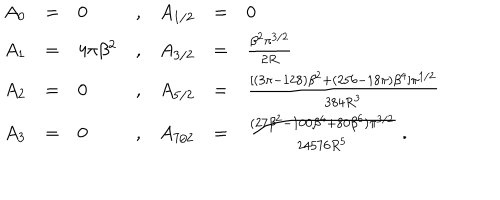
\begin{array} { l c l c c c l } { { A _ { 0 } } } & { { = } } & { { 0 } } & { { , } } & { { A _ { 1 / 2 } } } & { { = } } & { { 0 \nonumber } } \\ { { A _ { 1 } } } & { { = } } & { { 4 \pi \beta ^ { 2 } } } & { { , } } & { { A _ { 3 / 2 } } } & { { = } } & { { \frac { \beta ^ { 2 } \pi ^ { 3 / 2 } } { 2 R } \nonumber } } \\ { { A _ { 2 } } } & { { = } } & { { 0 } } & { { , } } & { { A _ { 5 / 2 } } } & { { = } } & { { \frac { [ ( 3 \pi - 1 2 8 ) \beta ^ { 2 } + ( 2 5 6 - 1 8 \pi ) \beta ^ { 4 } ] \pi ^ { 1 / 2 } } { 3 8 4 R ^ { 3 } } \nonumber } } \\ { { A _ { 3 } } } & { { = } } & { { 0 } } & { { , } } & { { A _ { 7 / 2 } } } & { { = } } & { { \frac { ( 2 7 \beta ^ { 2 } - 1 0 0 \beta ^ { 4 } + 8 0 \beta ^ { 6 } ) \pi ^ { 3 / 2 } } { 2 4 5 7 6 R ^ { 5 } } \nonumber \ . } } \\ \end{array}